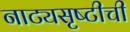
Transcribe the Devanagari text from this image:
नाट्यसृष्‍टीची